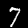
Label: 7